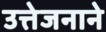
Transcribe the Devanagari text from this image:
उत्तेजनाने